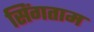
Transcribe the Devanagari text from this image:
सिंगताम